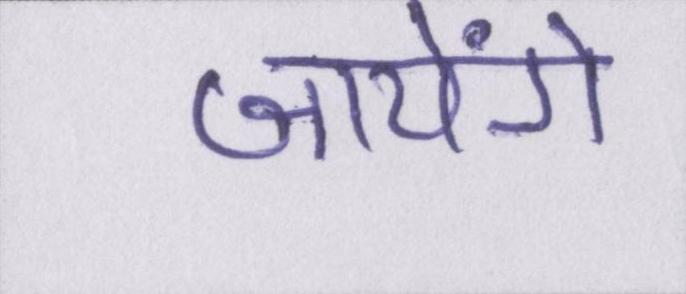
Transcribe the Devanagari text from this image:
जायेंगे